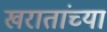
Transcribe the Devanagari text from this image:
खरातांच्या